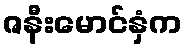
ဇနီးမောင်နှံက